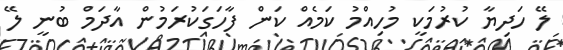
ލޭ ހަދިޔާ ކުރުމަކީ މުހިއްމު ކަމެއް ކަން ފާހަގަކުރަމުން އާދަމް ބުނީ ލޭ